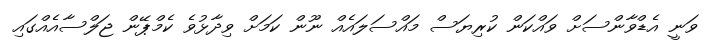
ވަނީ އެޑްވާންސަށް ވައްކަން ކުރިޔަސް މައްސަލައެއް ނޫން ކަމަށް ވިދާޅުވެ ކެމްޕޭން ޖަލްސާއެއްގައި